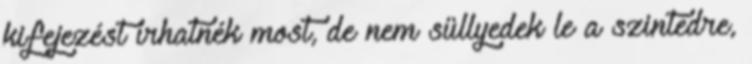
kifejezést írhatnék most, de nem süllyedek le a szintedre,